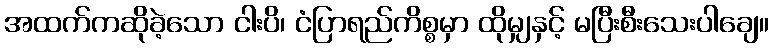
အထက်ကဆိုခဲ့သော ငါးပိ၊ ငံပြာရည်ကိစ္စမှာ ထိုမျှနှင့် မပြီးစီးသေးပါချေ။